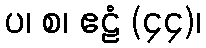
ပ၊ စ၊ ဧဠံ (၄၄)၊